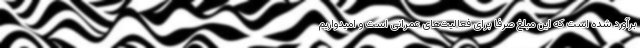
برآورد شده است که این مبلغ صرفا برای فعالیت‌های عمرانی است و امیدواریم